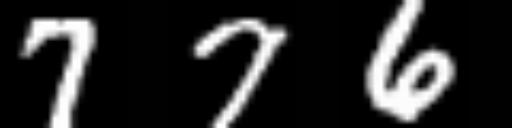
Text: 776